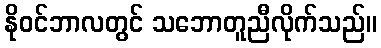
နိုဝင်ဘာလတွင် သဘောတူညီလိုက်သည်။